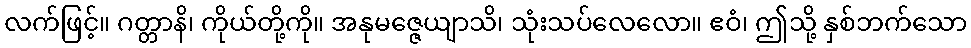
လက်ဖြင့်။ ဂတ္တာနိ၊ ကိုယ်တို့ကို။ အနုမဇ္ဇေယျာသိ၊ သုံးသပ်လေလော။ ဧဝံ၊ ဤသို့ နှစ်ဘက်သော